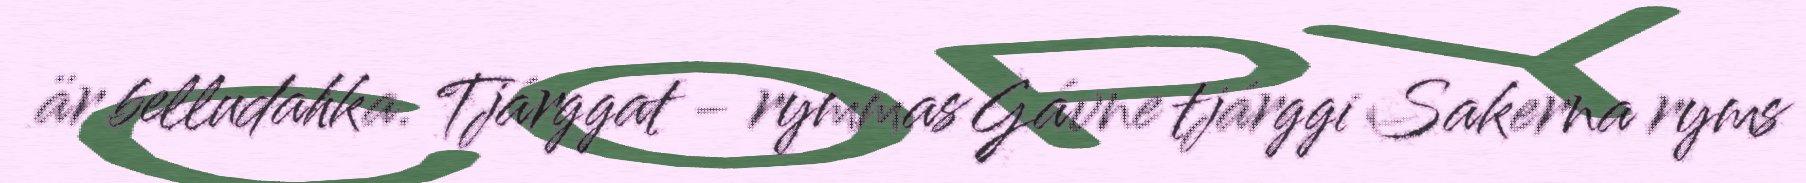
är belludahka. Tjárggat - rymmas Gávne tjárggi Sakerna ryms